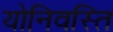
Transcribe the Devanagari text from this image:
योनिवस्ति